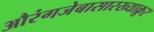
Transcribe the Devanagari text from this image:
औरंगजेबासारख्याक्रूर